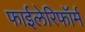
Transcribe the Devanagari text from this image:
फाईलेरिफॉर्म